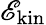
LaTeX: \mathscr{E}_{\mathrm{{kin}}}